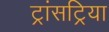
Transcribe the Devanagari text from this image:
ट्रांसट्रिया